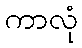
ကာလုံ